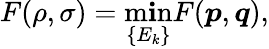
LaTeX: F(\rho,\sigma)=\operatorname*{m\mathbf{i}n}_{\{ E_{k}\} }F({\boldsymbol{p}},{\boldsymbol{q}}),